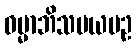
ဓမ္မာဘိသမယပဥ